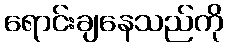
ရောင်းချနေသည်ကို